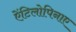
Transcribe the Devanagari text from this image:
ऐंटिलोपिनाए